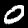
Digit: 0